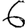
Digit: 6